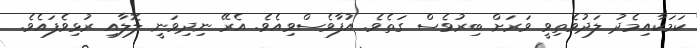
ކަމަކާއިމެދު ލަދުވެތިވީ ވަރަށް ބިރުވެސް ގަތެވެ. އުފާވެސްވިއެވެ. އެރޭ ނިދިވަނީ ލޮލާއި ރުޅިވެފައެވެ.